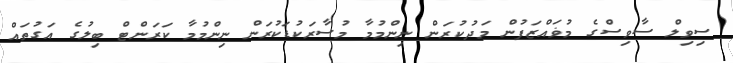
ސިވިލް ސާވިސްގެ މުޥައްޒަފުން މަދުކުރަން ނިންމުމާ މުސާރަކުޑަކުރަން ނިންމުމާ ކަރަންޓް ބިލުގެ އަގުތައް